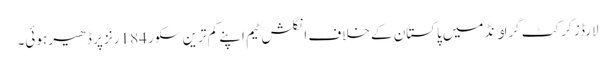
لارڈز کرکٹ گراﺅنڈ میں پاکستان کے خلاف انگلش ٹیم اپنے کم ترین سکور 184 رنز پر ڈھیر ہوئی۔